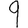
Digit: 9